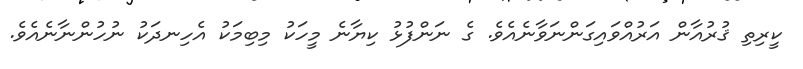
ކީރިތި ޤުރުއާން އަރުއްވައިގަންނަވާނެއެވެ. ގެ ނަންފުޅު ކިޔާނެ މީހަކު މިބިމަކު އެހިނދަކު ނުހުންނާނެއެވެ.